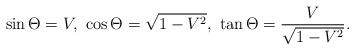
LaTeX: \begin{align*}\sin\Theta = V,\ \cos\Theta = \sqrt{1-V^2},\ \tan \Theta= \frac{V}{\sqrt{1-V^2}}.\end{align*}